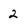
Character: 2